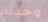
وحدته